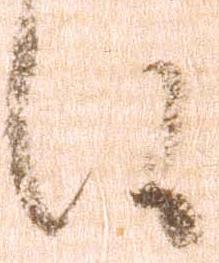
候